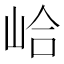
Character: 峆